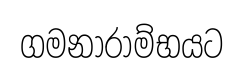
ගමනාරාම්භයට